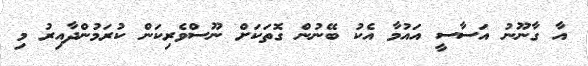
އާ ގާނޫނު އަސާސީ އައުމާ އެކު ބޭނުން ގޮތަކަށް ނޫސްވެރިކަން ކުރަމުންދާއިރު މި